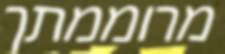
מרוממתך